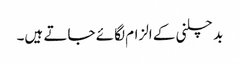
بد چلنی کے الزام لگائے جاتے ہیں۔